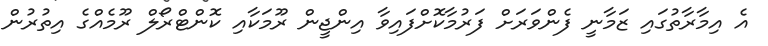
އެ އިމާރާތުގައި ޒަމާނީ ފެންވަރަށް ފަރުމާކޮށްފައިވާ އިންޖީން ރޫމަކާއި ކޮންޓްރޯލް ރޫމެއްގެ އިތުރުން